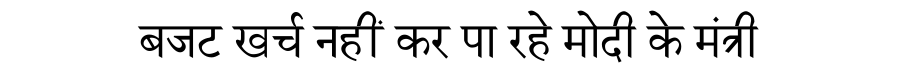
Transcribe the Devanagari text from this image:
बजट खर्च नहीं कर पा रहे मोदी के मंत्री